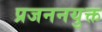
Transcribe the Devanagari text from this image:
प्रजननयुक्त